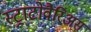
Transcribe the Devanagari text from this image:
स्ट्राटोवैरिअस